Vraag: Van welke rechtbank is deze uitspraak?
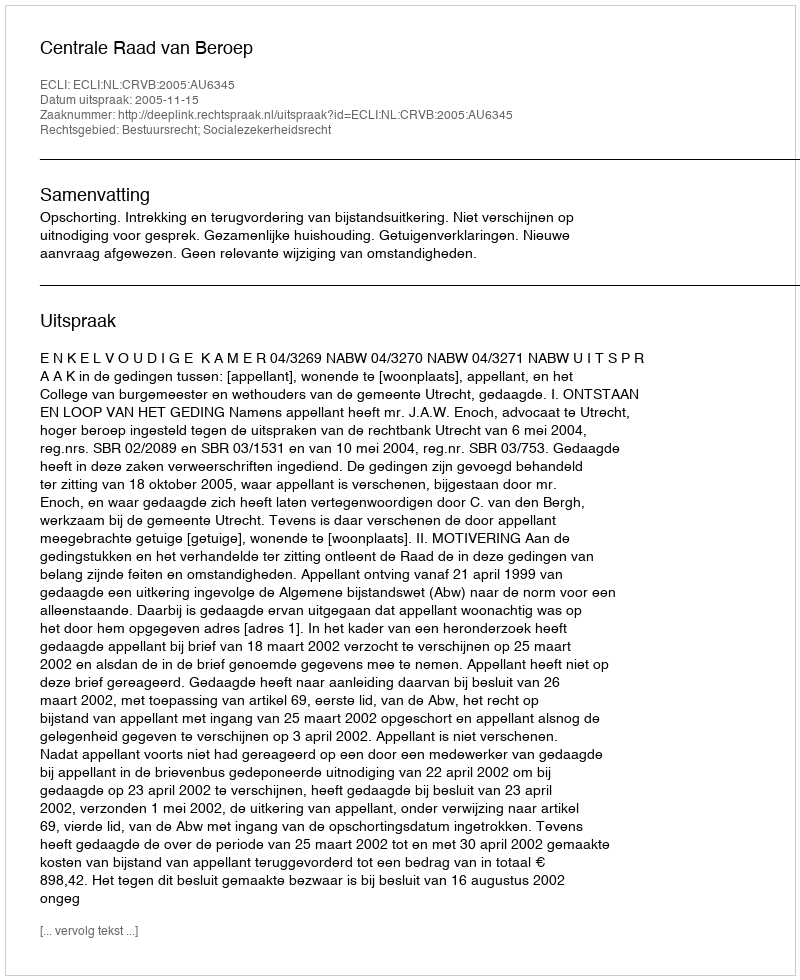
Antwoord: Centrale Raad van Beroep